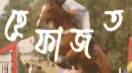
হেফাজত